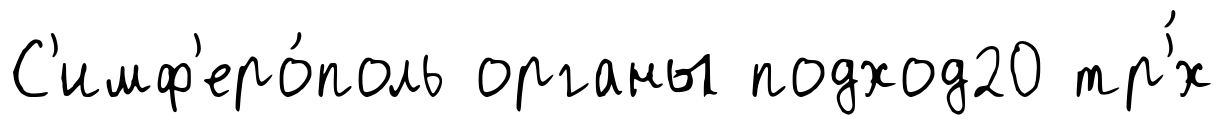
С'имф'еро́поль органы подход20 тр'́х